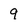
Character: 9